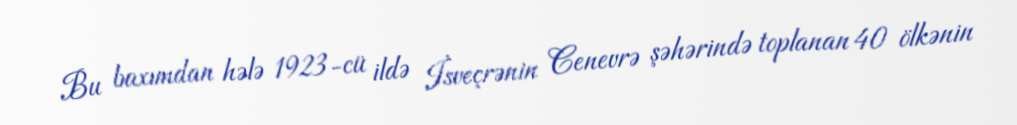
Bu baxımdan hələ 1923-cü ildə İsveçrənin Cenevrə şəhərində toplanan 40 ölkənin